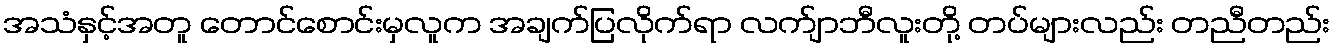
အသံနှင့်အတူ တောင်စောင်းမှလူက အချက်ပြလိုက်ရာ လက်ျာဘီလူးတို့ တပ်များလည်း တညီတည်း